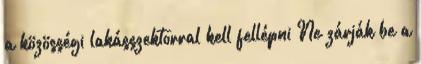
a közösségi lakásszektorral kell fellépni Ne zárják be a